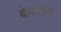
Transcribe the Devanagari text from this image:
बॉबकॉक